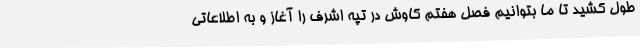
طول کشید تا ما بتوانیم فصل هفتم کاوش در تپه اشرف را آغاز و به اطلاعاتی